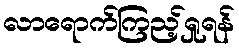
လာရောက်ကြည့်ရှုရန်